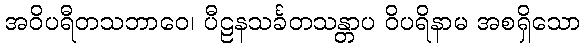
အဝိပရီတသဘာဝေ၊ ပီဠနသင်္ခတသန္တာပ ဝိပရိနာမ အစရှိသော